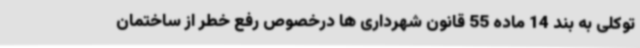
توکلی به بند 14 ماده 55 قانون شهرداری ها درخصوص رفع خطر از ساختمان